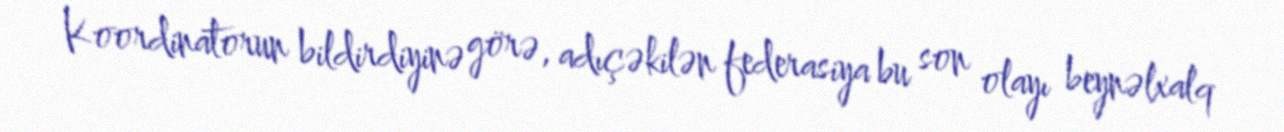
Koordinatorun bildirdiyinə görə, adıçəkilən federasiya bu son olayı beynəlxalq